King Institute of Preventive Medicine Micro-Biological Section reports 1909-11
Year: 1909
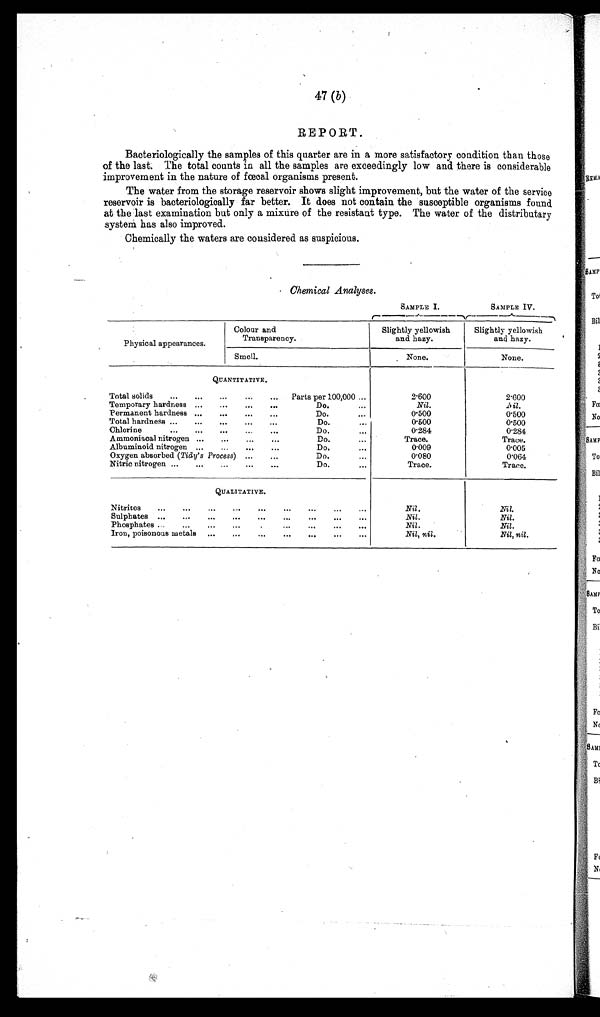
47 (b)
REPORT.
Bacteriologically the samples of this quarter are in a more satisfactory condition than those
of the last. The total counts in all the samples are exceedingly low and there is considerable
improvement in the nature of fœcal organisms present.
The water from the storage reservoir shows slight improvement, but the water of the service
reservoir is bacteriologically far better. It does not contain the susceptible organisms found
at the last examination but only a mixure of the resistant type. The water of the distributary
system has also improved.
Chemically the waters are considered as suspicious.
Chemical Analyses.
SAMPLE I.
SAMPLE IV.
Physical appearances.
Colour and
Transparency.
Slightly yellowish
and hazy.
Slightly yellowish
and hazy.
Smell.
None.
None.
QUANTITATIVE.
Total solids
...
...
...
...
... Parts per 100,000 ...
2.600
2.600
Temporary hardness ...
...
...
...
Do.
. . . Nil.
N i l .
Permanent hardness ...
...
...
...
Do
...
0.500
0.500
Total hardness ...
...
. . .
...
...
Do.
. . . 0.500
0.500
Chlorine...
. . .
. . .
. . .
. . .
Do.
...
0.284
0.284
Ammoniacal nitrogen ...
...
...
...
Do.
...
Trace.
Trace.
Albuminoid nitrogen ...
...
...
...
Do.
...
0.009
0.005
Oxygen absorbed (Tidy's Process) ...
...
Do.
...
0.080
0.064
Nitric nitrogen ...
...
. . .
...
. . .
Do.
...
Trace.
Trace.
QUALITATIVE.
Ni t r i t e s
. . .
. . .
. . .
. . .
. . .
. . .
. . . . . .
. . . Nil.
Nil.
Sulphates ...
. . .
...
...
...
...
...
...
...
Nil.
Nil.
Phosphates ...
...
...
...
. . .
...
...
...
...
Nil.
Nil.
Iron, poisonous metals ...
...
...
...
...
...
...
Nil, nil.
Nil, nil.